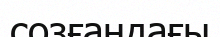
созғандағы